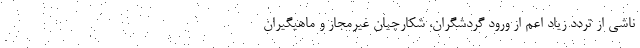
ناشی از تردد زیاد اعم از ورود گردشگران، شکارچیان غیرمجاز و ماهیگیران